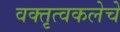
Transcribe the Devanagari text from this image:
वक्तृत्वकलेचे